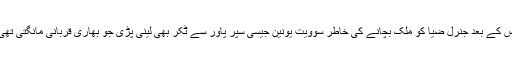
اس کے بعد جنرل ضیا کو ملک بچانے کی خاطر سوویت یونین جیسی سپر پاور سے ٹکر بھی لینی پڑی جو بھاری قربانی مانگتی تھی۔